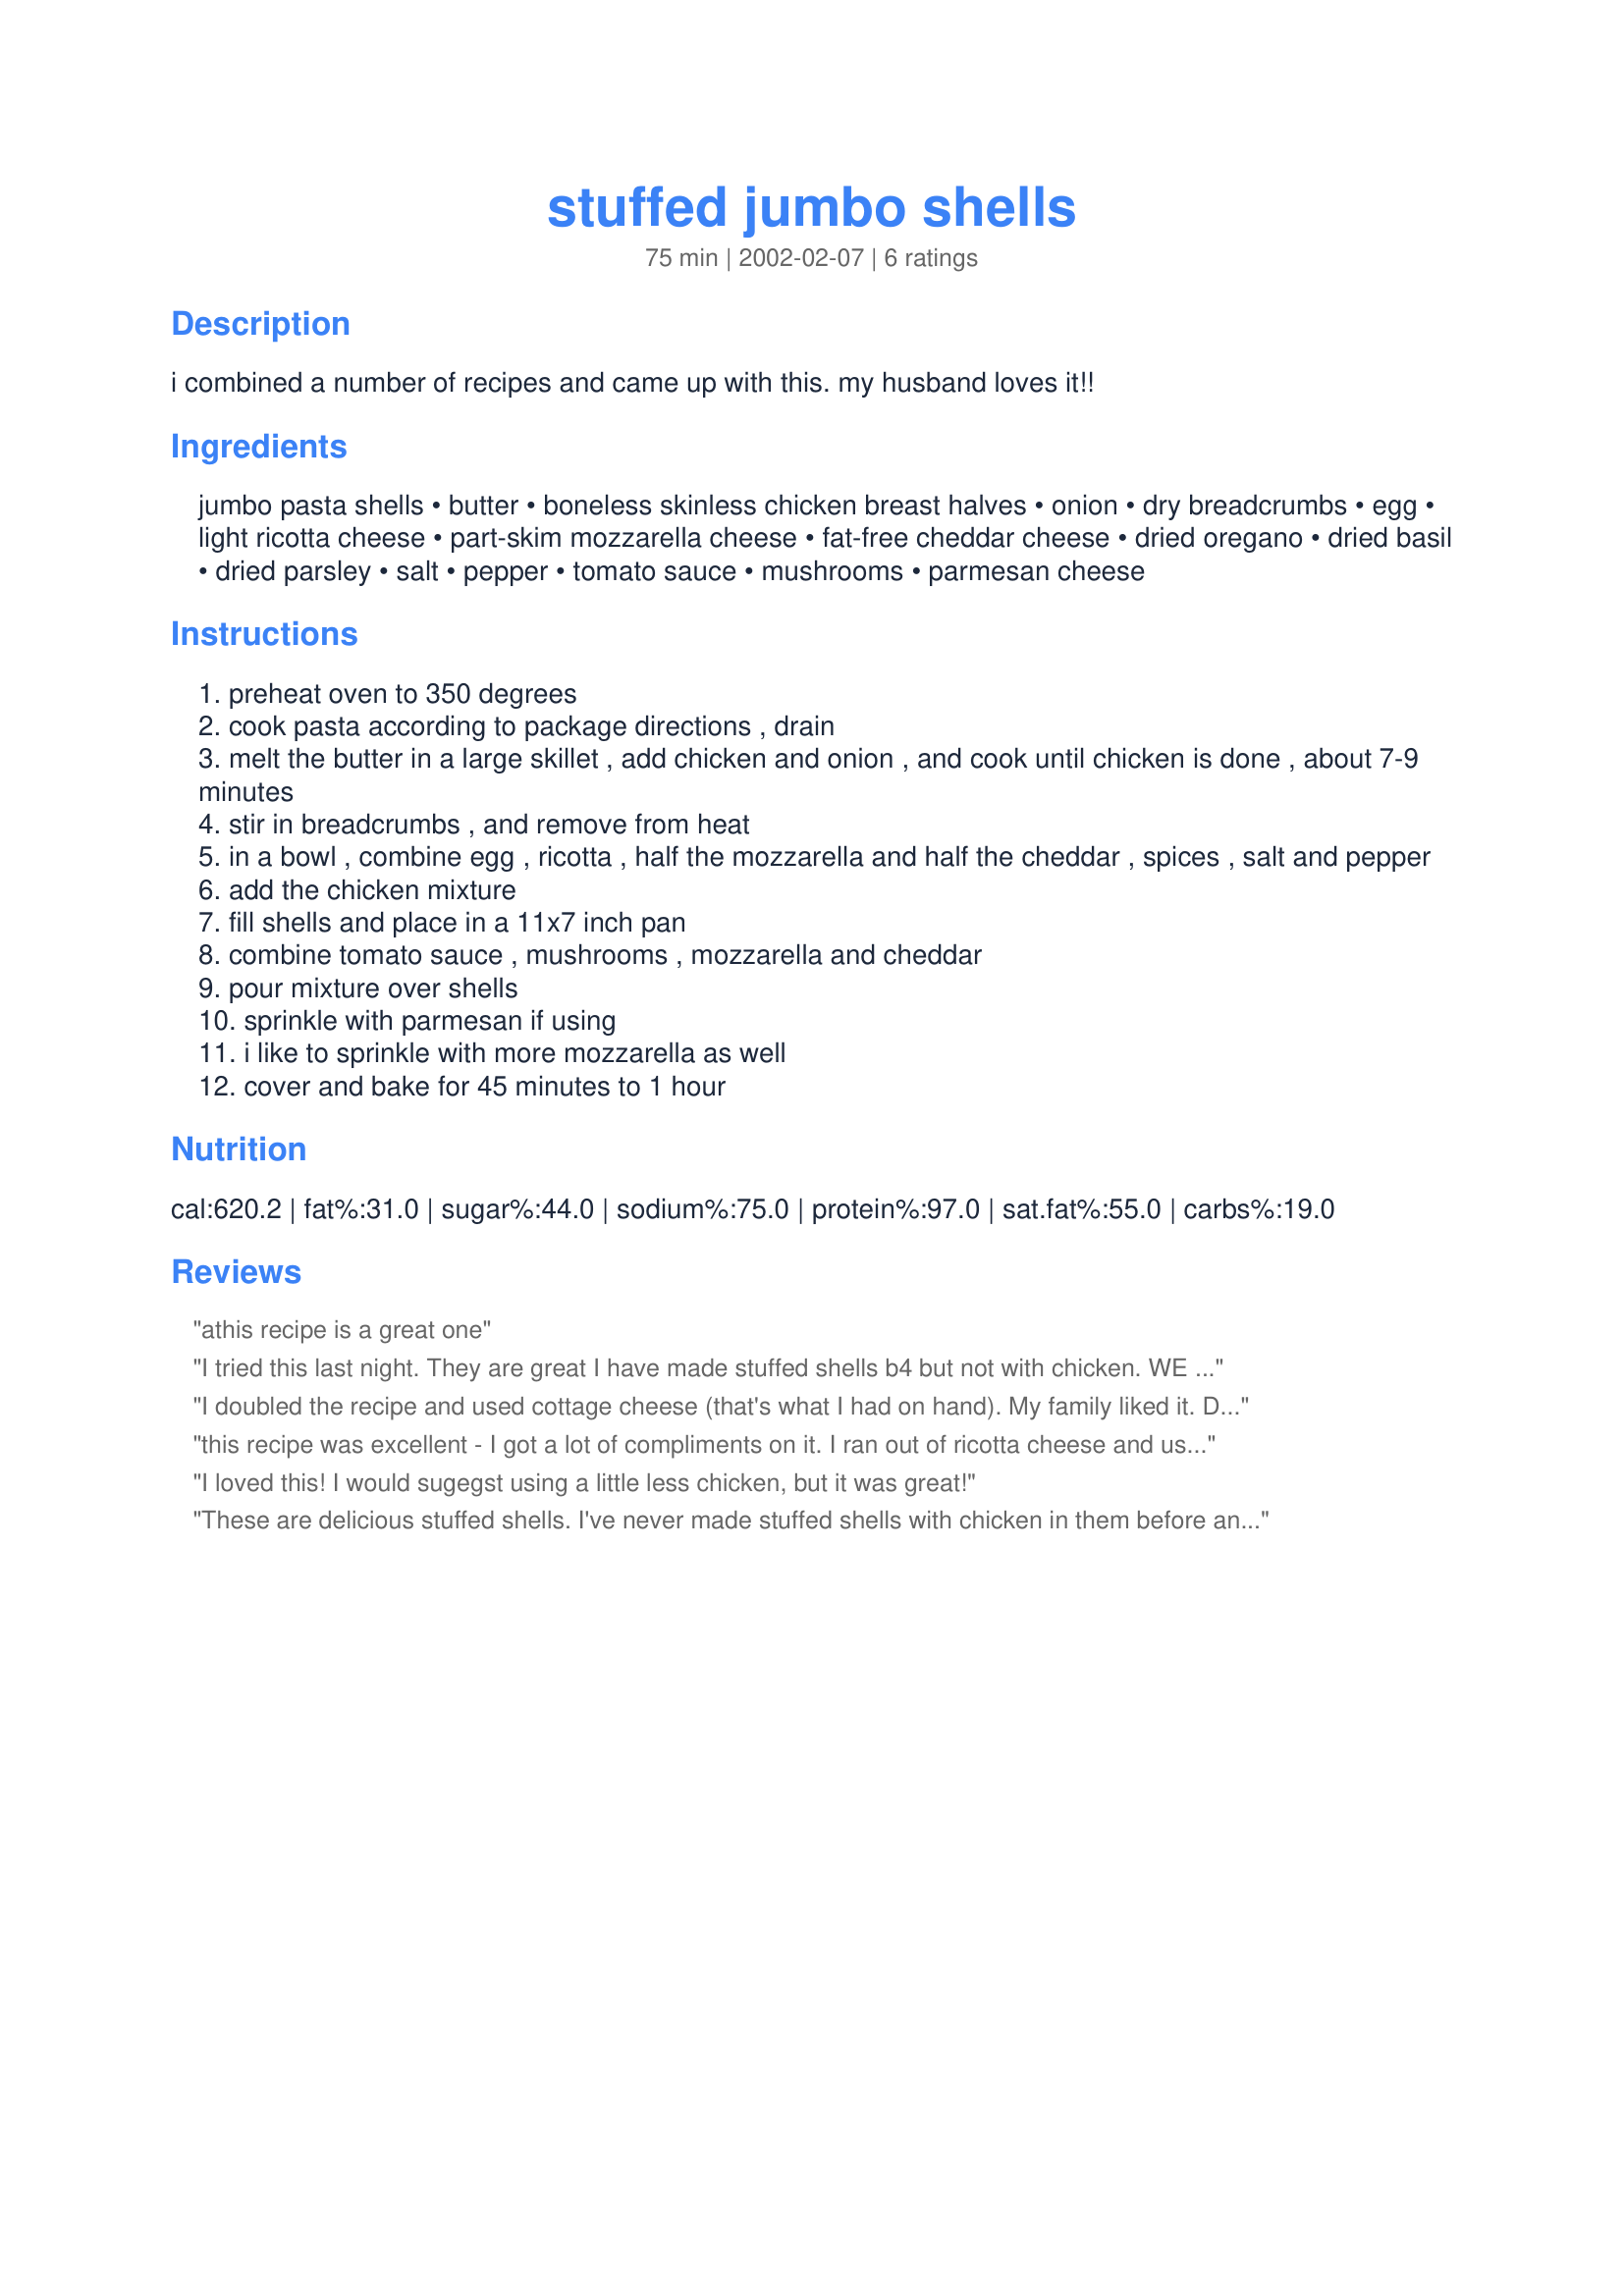
stuffed jumbo shells
Preparation time: 75 minutes

i combined a number of recipes and came up with this. my husband loves it!!

Ingredients:
jumbo pasta shells, butter, boneless skinless chicken breast halves, onion, dry breadcrumbs, egg, light ricotta cheese, part-skim mozzarella cheese, fat-free cheddar cheese, dried oregano, dried basil, dried parsley, salt, pepper, tomato sauce, mushrooms, parmesan cheese

Steps:
preheat oven to 350 degrees
cook pasta according to package directions , drain
melt the butter in a large skillet , add chicken and onion , and cook until chicken is done , about 7-9 minutes
stir in breadcrumbs , and remove from heat
in a bowl , combine egg , ricotta , half the mozzarella and half the cheddar , spices , salt and pepper
add the chicken mixture
fill shells and place in a 11x7 inch pan
combine tomato sauce , mushrooms , mozzarella and cheddar
pour mixture over shells
sprinkle with parmesan if using
i like to sprinkle with more mozzarella as well
cover and bake for 45 minutes to 1 hour

Reviews:
athis recipe is a great one
I tried this last night. They are great I have made stuffed shells b4 but not with chicken. WE ALL LOVED IT! this will go in my recipe box and WILL be made again thanks.
I doubled the recipe and used cottage cheese (that's what I had on hand). My family liked it. DH said it would also be good w/ sausage, maybe better. Anyway, will be making this again!
this recipe was excellent - I got a lot of compliments on it.

I ran out of ricotta cheese and used fat-free onion dip - and that was awesome too
I loved this! I would sugegst using a little less chicken, but it was great!
These are delicious stuffed shells. I've never made stuffed shells with chicken in them before and these were wonderful. It is a nice change and my family really enjoyed this version. I will make these again!
